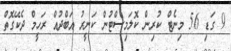
9 ގަޑި 56 މިނެޓް ކުރިން ކޮލަމިސްޓުން ކަނީރު އަބްދުއް ރަހީމް ދެކޭގޮތް